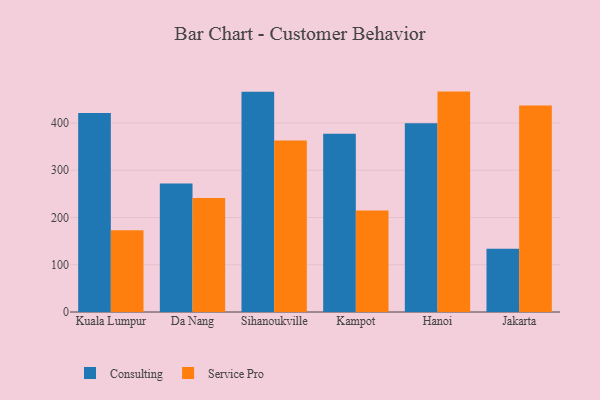
{"axis": {"x": "City", "y": "Demand Index"}, "legend": ["Consulting", "Service Pro"], "data": [{"x": "Kuala Lumpur", "y": 421.1, "type": "Consulting"}, {"x": "Kuala Lumpur", "y": 173.0, "type": "Service Pro"}, {"x": "Da Nang", "y": 271.9, "type": "Consulting"}, {"x": "Da Nang", "y": 241.0, "type": "Service Pro"}, {"x": "Sihanoukville", "y": 466.2, "type": "Consulting"}, {"x": "Sihanoukville", "y": 362.8, "type": "Service Pro"}, {"x": "Kampot", "y": 377.4, "type": "Consulting"}, {"x": "Kampot", "y": 214.7, "type": "Service Pro"}, {"x": "Hanoi", "y": 399.3, "type": "Consulting"}, {"x": "Hanoi", "y": 466.4, "type": "Service Pro"}, {"x": "Jakarta", "y": 133.9, "type": "Consulting"}, {"x": "Jakarta", "y": 437.0, "type": "Service Pro"}]}